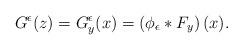
LaTeX: \begin{align*}G^{\epsilon}(z)=G^{\epsilon}_y(x)=\left(\phi_{\epsilon}\ast F_y\right)(x).\end{align*}